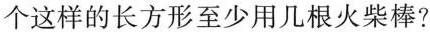
个这样的长方形至少用几根火柴棒?